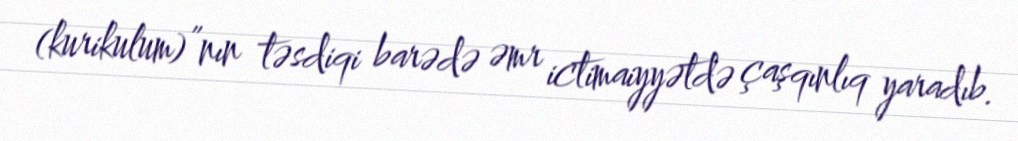
(kurikulum)”nın təsdiqi barədə əmr ictimaiyyətdə çaşqınlıq yaradıb.